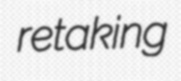
retaking